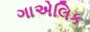
ગાએલિક